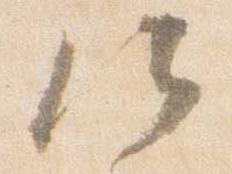
候